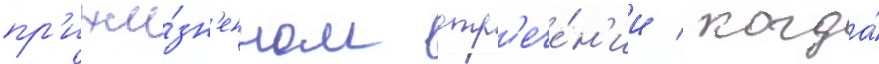
пр'ижи́зн'енном отр'ече́н'ии / когда́